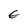
Character: e